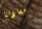
سعادتنا